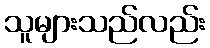
သူများသည်လည်း